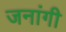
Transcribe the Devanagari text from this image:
जनांगी